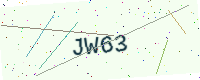
Text: JW63